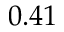
0 . 4 1